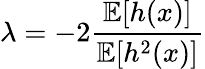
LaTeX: \lambda=-2\frac{\mathbb{E}[h(x)]}{\mathbb{E}[h^{2}(x)]}